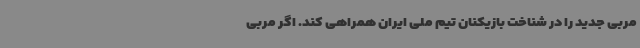
مربی جدید را در شناخت بازیکنان تیم ملی ایران همراهی کند. اگر مربی